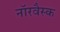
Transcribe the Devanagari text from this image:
नॉरवैस्क